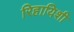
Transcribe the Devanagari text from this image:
रिहायिशी